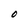
Character: O